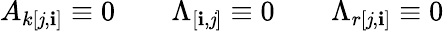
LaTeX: A_{k[\mathit{j},\mathbf{i}]}\equiv0\qquad\Lambda_{[\mathbf{i},\mathit{j}]}\equiv0\qquad\Lambda_{r[\mathit{j},\mathbf{i}]}\equiv0